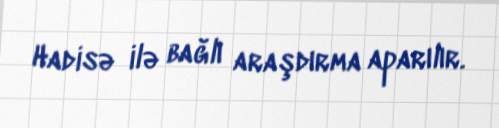
Hadisə ilə bağlı araşdırma aparılır.